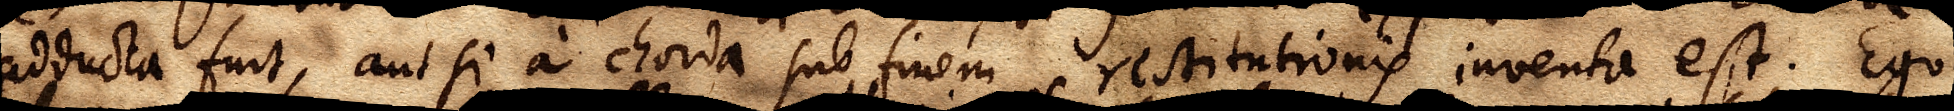
adducta fuit, aut si a chorda sub finem restitutionis inventa est. Ego